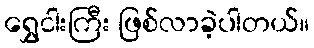
ရွှေငါးကြီး ဖြစ်လာခဲ့ပါတယ်။